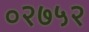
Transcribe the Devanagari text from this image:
०२७५२